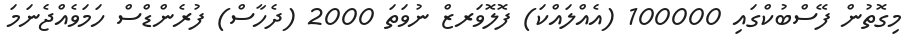
މިގޮތުން ފޭސްބުކްގައި 100000 (އެއްލައްކަ) ފޮލޮވަރޒް ނުވަތަ 2000 (ދެހާސް) ފުރެންޑްސް ހަމަވެއްޖެނަމަ